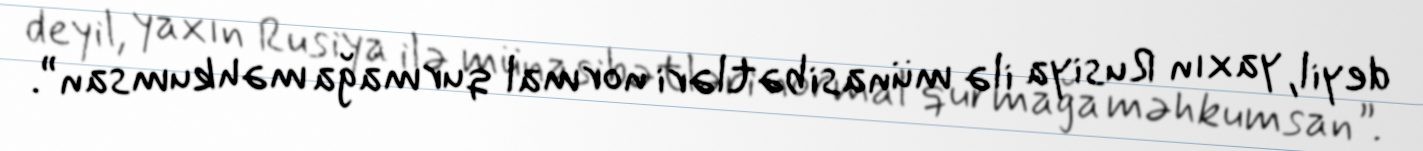
deyil, yaxın Rusiya ilə münasibətləri normal qurmağa məhkumsan”.